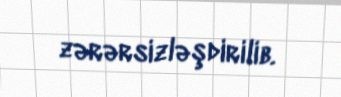
zərərsizləşdirilib.